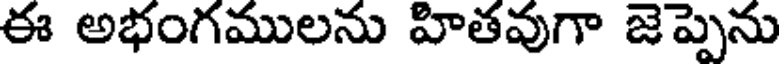
ఈ అభంగములను హితవుగా జెప్పెను